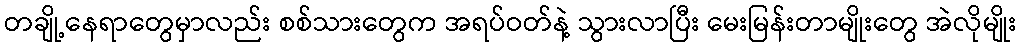
တချို့နေရာတွေမှာလည်း စစ်သားတွေက အရပ်ဝတ်နဲ့ သွားလာပြီး မေးမြန်းတာမျိုးတွေ အဲလိုမျိုး